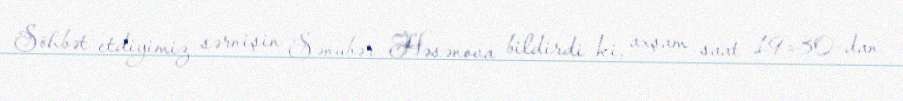
Söhbət etdiyimiz sərnişin Sənubər Həsənova bildirdi ki, axşam saat 19:30-dan